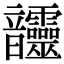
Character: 𩑊